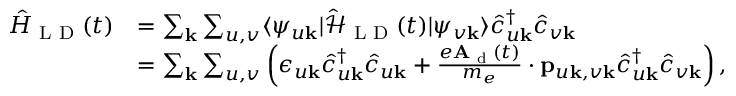
\begin{array} { r l } { \hat { H } _ { \textrm { L D } } ( t ) } & { = \sum _ { \mathbf { k } } \sum _ { u , v } \langle \psi _ { u \mathbf { k } } | \mathcal { \hat { H } } _ { \textrm { L D } } ( t ) | \psi _ { v \mathbf { k } } \rangle \hat { c } _ { u \mathbf { k } } ^ { \dagger } \hat { c } _ { v \mathbf { k } } } \\ & { = \sum _ { \mathbf { k } } \sum _ { u , v } \left( \epsilon _ { u \mathbf { k } } \hat { c } _ { u \mathbf { k } } ^ { \dagger } \hat { c } _ { u \mathbf { k } } + \frac { e \mathbf { A } _ { \textrm { d } } ( t ) } { m _ { e } } \cdot \mathbf { p } _ { u \mathbf { k } , v \mathbf { k } } \hat { c } _ { u \mathbf { k } } ^ { \dagger } \hat { c } _ { v \mathbf { k } } \right) , } \end{array}